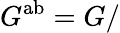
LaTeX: G^{\mathrm{ab}}=G/